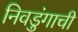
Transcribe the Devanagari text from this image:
निवडुंगाची